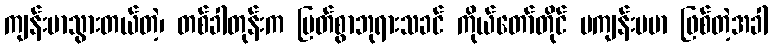
ကျန်းမာသွားတယ်တဲ့၊ တစ်ခါတုန်းက မြတ်စွာဘုရားသခင် ကိုယ်တော်တိုင် မကျန်းမမာ ဖြစ်တဲ့အခါ